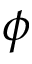
\phi